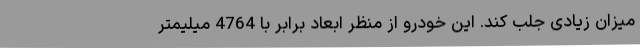
میزان زیادی جلب کند. این خودرو از منظر ابعاد برابر با 4764 میلیمتر